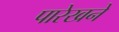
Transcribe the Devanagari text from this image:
पारेखने